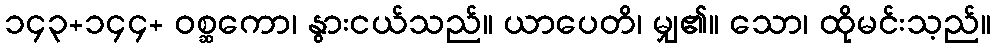
၁၄၃+၁၄၄+ ဝစ္ဆကော၊ နွားငယ်သည်။ ယာပေတိ၊ မျှ၏။ သော၊ ထိုမင်းသ့ည်။